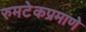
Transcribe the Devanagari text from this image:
रुमटेकप्रमाणे